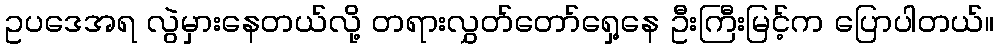
ဥပဒေအရ လွဲမှားနေတယ်လို့ တရားလွှတ်တော်ရှေ့နေ ဦးကြီးမြင့်က ပြောပါတယ်။